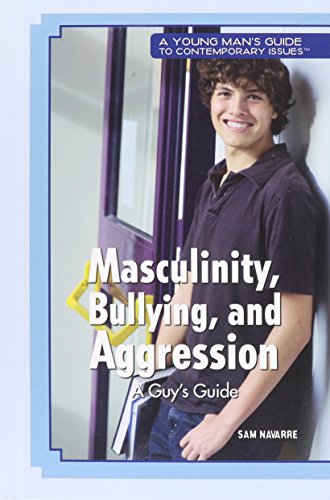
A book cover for Masculinity, Bullying, and Aggression: A Guy's Guide (A Young Man's Guide to Contemporary Issues); Sam Navarre; Teen & Young Adult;